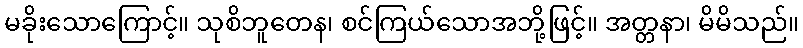
မခိုးသောကြောင့်။ သုစိဘူတေန၊ စင်ကြယ်သောအဘို့ဖြင့်။ အတ္တနာ၊ မိမိသည်။